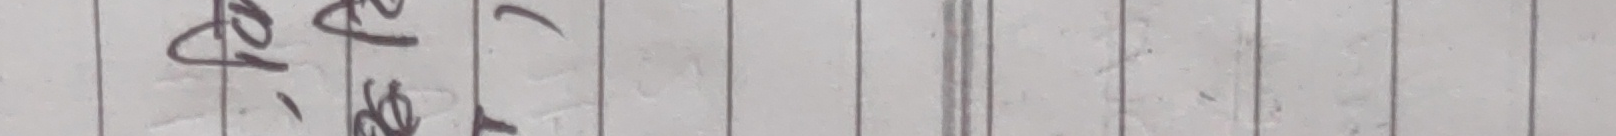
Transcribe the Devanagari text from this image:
बेलि, केल,